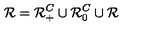
\mathcal { R } = \mathcal { R } _ { + } ^ { C } \cup \mathcal { R } _ { 0 } ^ { C } \cup \mathcal { R }